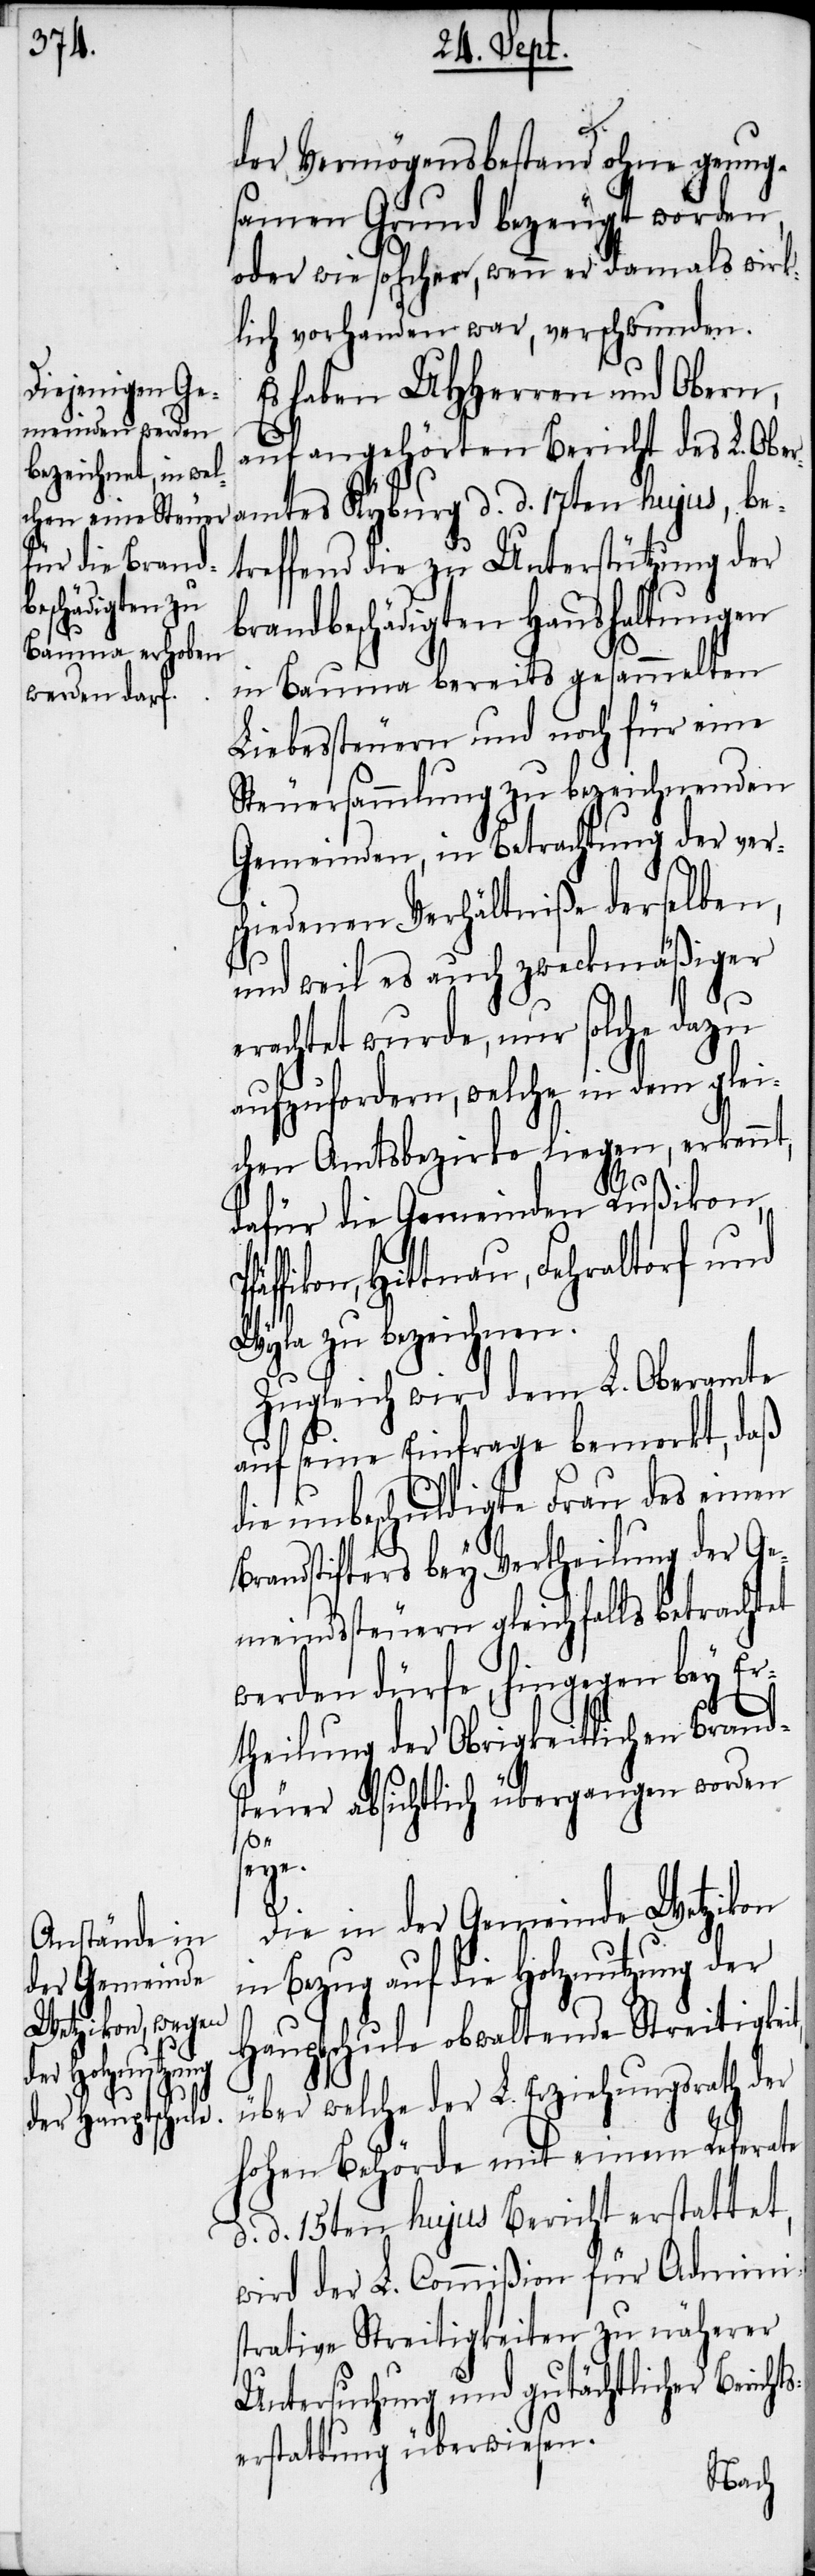
der Vermögensbestand ohne genug¬
samen Grund bezeugt worden,
oder wie solcher, wenn er damals wirk¬
lich vorhanden war, verschwunden.
Es haben UHHerren und Obern,
auf angehörten Bericht des L. Ober¬
amtes Kyburg d. d. 17ten hujus, be¬
treffend die zu Unterstützung der
brandbeschädigten Haushaltungen
in Bauma bereits gesammelten
Liebessteuern und noch für eine
Steuersammlung zu bezeichnenden
Gemeinden, in Betrachtung der vers¬
chiedenen Verhältniße derselben,
und weil es auch zweckmäßiger
erachtet wurde, nur solche dazu
aufzufordern, welche in dem glei¬
chen Amtsbezirke liegen, erkennt,
dafür die Gemeinden Rußikon,
Hittnau, Fehraltorf und
Wyla zu bezeichnen.
Zugleich wird dem L. Oberamte
auf seine Einfrage bemerkt, daß
die unbeschuldigte Frau des einen
Brandstifters bey Vertheilung der Ge¬
meindssteuern gleichfalls betrachtet
werden dürfe, hingegen bey Er¬
theilung der Obrigkeitlichen Brands¬
teuer absichtlich übergangen worden
ts¬
seye.
Die in der Gemeinde Wetzikon
in Bezug auf die Holznutzung der
Hauptschule obwaltende Streitigkeit,
über welche der L. Erziehungsrath der
hohen Behörde mit einem Referate
d. d. 15ten hujus Bericht erstattet,
wird der L. Commißion für Admini¬
strative Streitigkeiten zu näherer
Untersuchung und gutächtlicher Berich¬
erstattung überwiesen.